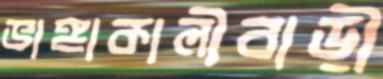
ভাঙ্গাকালীবাড়ী